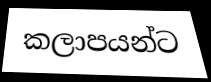
කලාපයන්ට